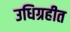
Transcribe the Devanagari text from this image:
उधिग्रहीत